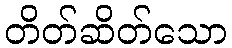
တိတ်ဆိတ်သော